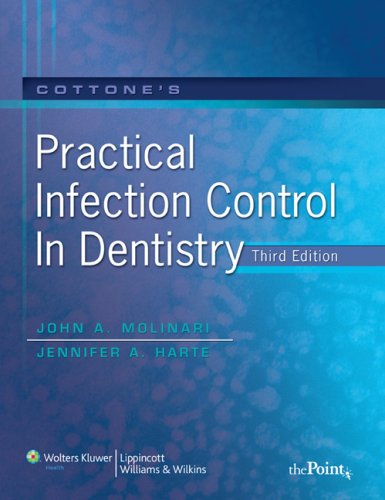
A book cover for Cottone's Practical Infection Control in Dentistry; Medical Books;